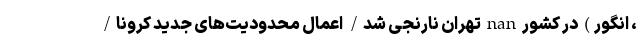
، انگور) در کشور nan تهران نارنجی شد/ اعمال محدودیت‌های جدید کرونا/